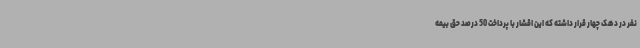
نفر در دهک چهار قرار داشته که این اقشار با پرداخت 50 درصد حق بیمه